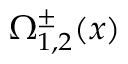
\Omega _ { 1 , 2 } ^ { \pm } ( x )